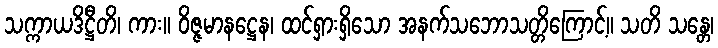
သက္ကာယဒိဋ္ဌီတိ၊ ကား။ ဝိဇ္ဇမာနဋ္ဌေန၊ ထင်ရှားရှိသော အနက်သဘောသတ္တိကြောင့်။ သတိ သန္တေ၊